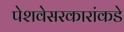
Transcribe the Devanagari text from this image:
पेशवेसरकारांकडे